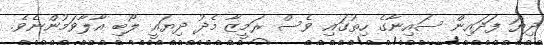
ދިޔަ ފަދައިން ސައިނާގެ ހިތުގައި ވެސް ރަމީޒާ މެދު ދިޔައީ ލޯބި އާލާވަމުންނެވެ.